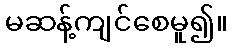
မဆန့်ကျင်စေမူ၍။